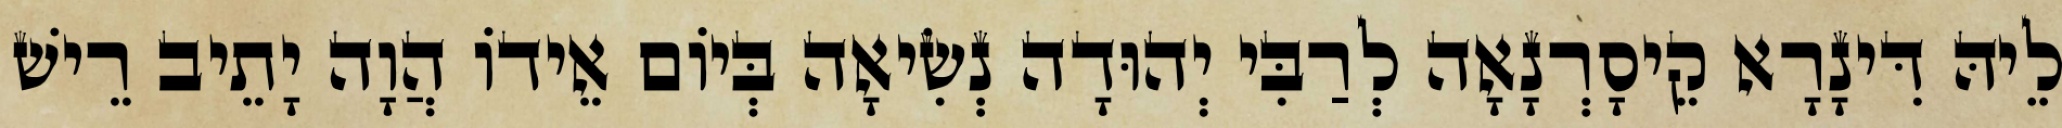
לֵיהּ דִּינָרָא קֵיסָרְנָאָה לְרַבִּי יְהוּדָה נְשִׂיאָה בְּיוֹם אֵידוֹ הֲוָה יָתֵיב רֵישׁ